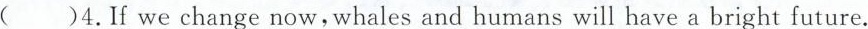
( )4.If we change now,whales and humans will have a bright future.